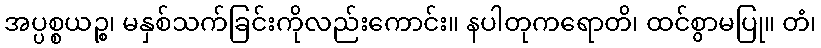
အပ္ပစ္စယဉ္စ၊ မနှစ်သက်ခြင်းကိုလည်းကောင်း။ နပါတုကရောတိ၊ ထင်စွာမပြု။ တံ၊